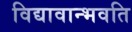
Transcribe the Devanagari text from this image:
विद्यावान्भवति